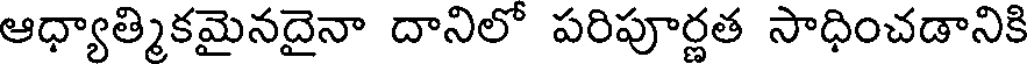
ఆధ్యాత్మికమైనదైనా దానిలో పరిపూర్ణత సాధించడానికి